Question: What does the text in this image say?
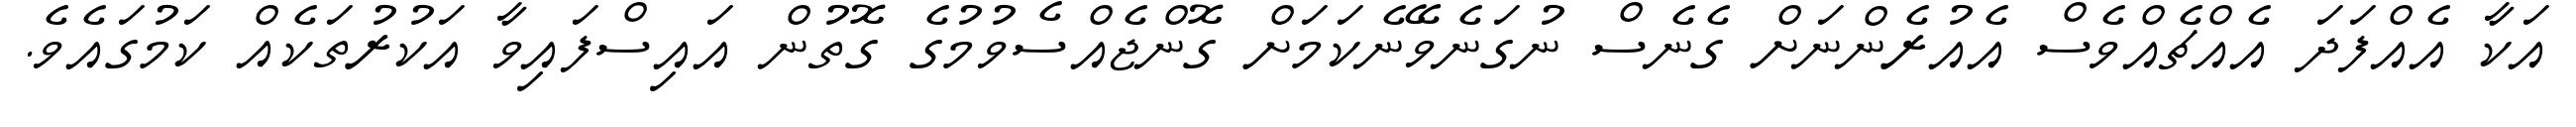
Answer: އަކާ އެއްފަދަ އެއްޗެއްވެސް އެއުރެންނަށް ގެނެސް ނުގަނެވޭނެކަމަށް ގޮންޖެއްސެވުމުގެ ގޮތުން އައިސްފައިވާ އަކުރުތަކެއް ކަމުގައެވެ.